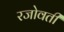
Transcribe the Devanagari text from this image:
रजोवती